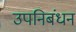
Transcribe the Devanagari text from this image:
उपनिबंधन